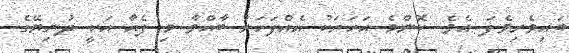
ބައިވެރިވެފަ އެވެ. ކޮންމެ އަހަރަކު އެއްފަހަރު ބާއްވާ މި ފެއާ އަކީ ދުނިޔޭގެ